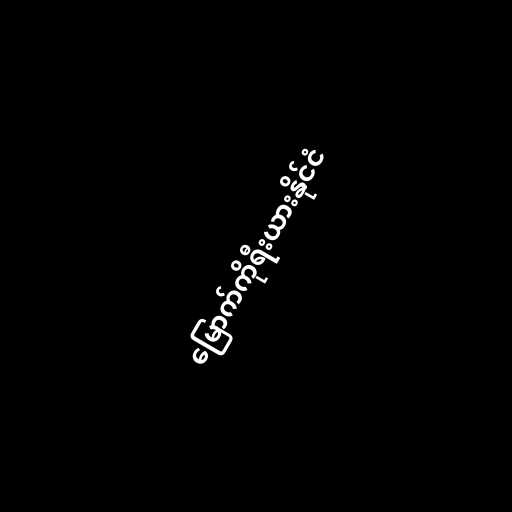
မြောက်ကိုရီးယားနိုင်ငံ